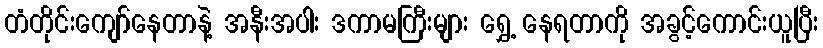
တံတိုင်းကျော်နေတာနဲ့ အနီးအပါး ဒကာမကြီးများ ရွှေ့ နေရတာကို အခွင့်ကောင်းယူပြီး